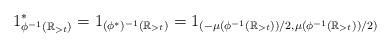
LaTeX: \begin{align*} 1_{\phi^{-1} (\mathbb{R}_{> t})}^* = 1_{(\phi^*)^{-1} (\mathbb{R}_{> t})} = 1_{( - \mu ( \phi^{-1} ( \mathbb{R}_{> t} ) ) / 2 , \mu ( \phi^{-1} ( \mathbb{R}_{> t} ) ) / 2 )} \end{align*}